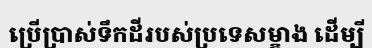
ប្រើប្រាស់ទឹកដីរបស់ប្រទេសម្ខាង ដើម្បី